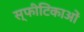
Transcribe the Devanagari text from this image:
स्फीटिकाओं